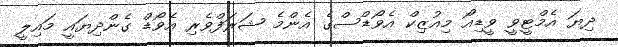
ދިޔަ އެމްޓީވީ ވީޑިއޯ މިއުޒިކް އެވޯޑްސްގެ އެންމެ ޝަރަފްވެރި އެވޯޑް ގެންދިޔައީ މައިލީ